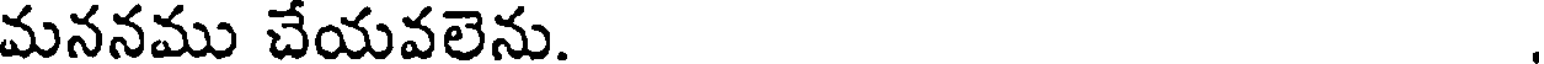
మననము చేయవలెను.